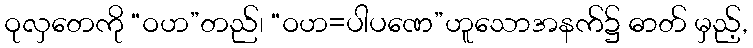
ဝုလှတေကို “ဝဟ”တည်၊ “ဝဟ=ပါပဏေ”ဟူသောအနက်၌ ဓာတ် မှည့်,